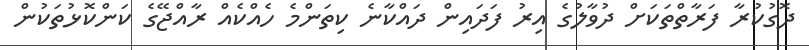
ދޮގުކުރާ ފަރާތްތަކަށް ދުވާލުގެ އިރު ފަދައިން ދައްކާނެ ކިތަންމެ ހެއްކެއް ރާއްޖޭގެ ކަންކޮޅުތަކުން